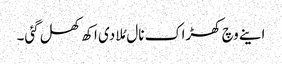
اینے وچ کھڑاک نال مُلا دی اکھ کھل گئی۔